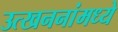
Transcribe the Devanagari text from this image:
उत्खननांमध्ये